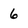
Character: 6